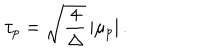
LaTeX: \tau _ { p } = \sqrt { { \frac { 4 } { \Delta } } } \, | \mu _ { p } | \, .